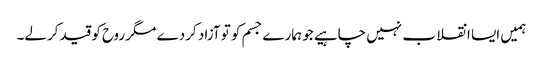
ہمیں ایسا انقلا ب نہیں چاہیے جو ہمارے جسم کو تو آزاد کردے مگر روح کو قید کرلے۔